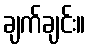
ချက်ချင်း။